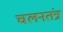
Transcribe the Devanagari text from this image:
चलनतंत्र